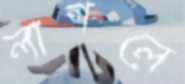
লাগলে